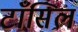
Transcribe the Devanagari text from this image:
टाँसिल